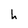
Character: h